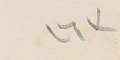
١٦٣